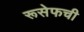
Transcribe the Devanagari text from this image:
रूसेफची